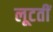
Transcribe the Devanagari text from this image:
लूटतीं